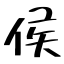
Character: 侯